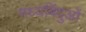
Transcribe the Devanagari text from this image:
मध्यबिंदुओं